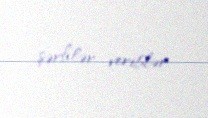
şərhlər veriblər.